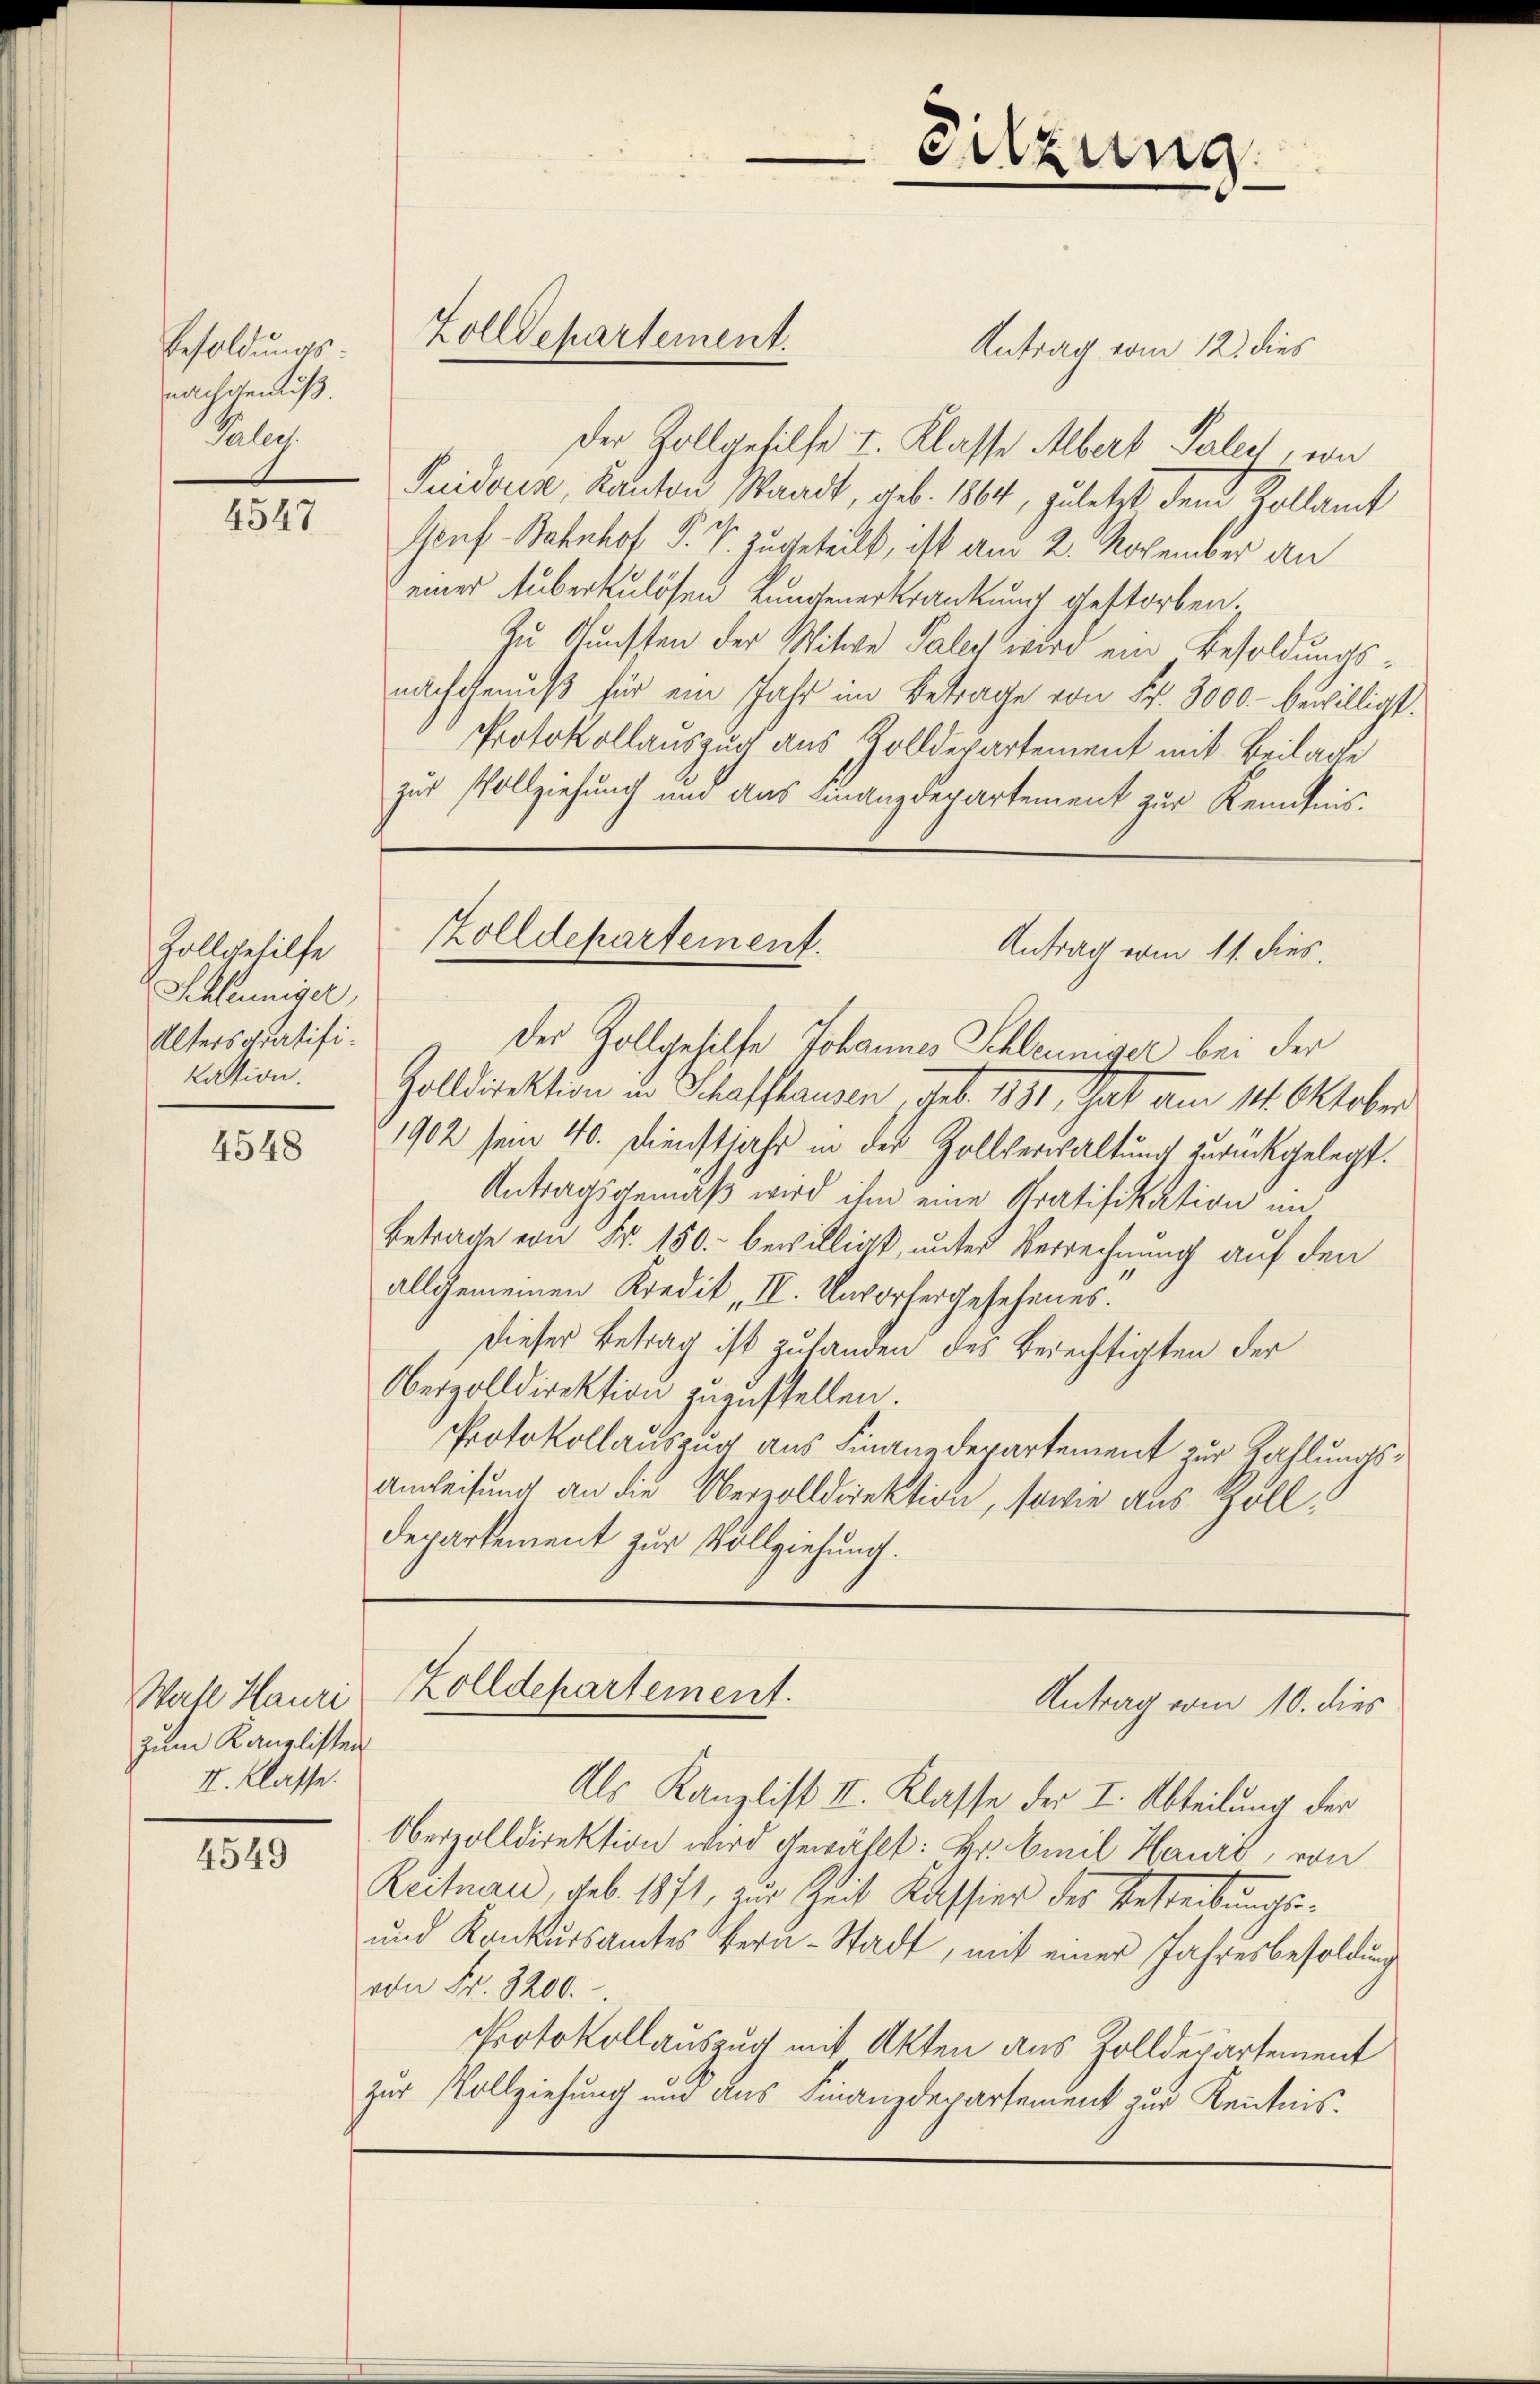
Besoldungs
nachgemäß
Palue.

4547

Zollgehilfe
Schleuniger
Altersgratifikation.

4548

Wahl Hauri
zum Kanzlisten
II. Klasse.

4549

Antrag vom 12. dies
Der Zollgehilfe I. Klasse Albert Paler, wi
Quidoren, Kanton Waadt, geb. 1864, zuletzt dem Kollamt
Genf Bahnhof P. V. zugeteilt, ist am 2. November an
einer Auberkulösen Kundenerkrankung gestorben.
Zu Gunsten der Mitwe Paler wird ein Besoldungsnachgenuß für ein Jahr im Betrage von Fr. 3000 bewilligt.
Protokollauszug aus Zolldepartement mit Beilage
zur Vollziehung und aus Finanzdepartement zur Kenntnis.

Zolldepartement.

Sitzung

Zolldepartement.
Antrag vom 11. dies

des Zollgehilfe Johannes Schleuniger bei der
Zolldirektion in Schaffhausen des 1881, That am 14. Oktober
1902 sein 40. Dienstjahr in des Zollverwaltung zurückgelegt.
Antragsgemäß wird ihm eine Gratifikation und
Betrage von Fr. 150.- bewilligt, unter Verrechnung auf den
allgemeinen Kredit II. Unvorhergesehenes.
Dieser Betrag ist zulanden des Berechtigten der
Oberzolldirektion zuzustellen
Protokollauszug aus Finanzdepartement zur Zahlungs¬
Anweisung an die Oberzolldirektion, sowie aus Zoll¬
Departement zur Vollziehung.

Zolldepartement.
Antrag vom 10. dies

Als Kanzlist II. Klasse der I. Abteilung der
Oberzolldirektion wird gewählt: Hr. Emil Haure, von
Reiten, geb. 1871, zur Zeit Kassier des Bestreibungs¬
und Konkursamtes Bern-Stadt, mit einer Jahresbesoldung
von Fr. 3200.
Protokollauszug mit Akten aus Zolldepartement
zur Vollziehung und aus Finanzdepartement zur Kenntnis¬